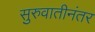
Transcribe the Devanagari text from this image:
सुरुवातीनंतर